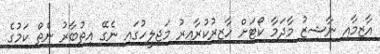
އާޒިމާއި ނާޝިޒު މާދަމާ ކޯޓަށް ހާޒިރުކުރާއިރު މަޖިލީހުގައި ނެގޭ އިތުބާރު ނެތް ކަމުގެ